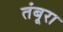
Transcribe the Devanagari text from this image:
तंबूरा